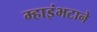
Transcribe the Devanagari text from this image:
म्हाइंभटाने